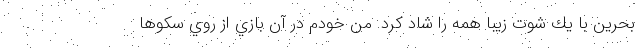
بحرين با يك شوت زيبا همه را شاد كرد. من خودم در آن بازي از روي سكوها